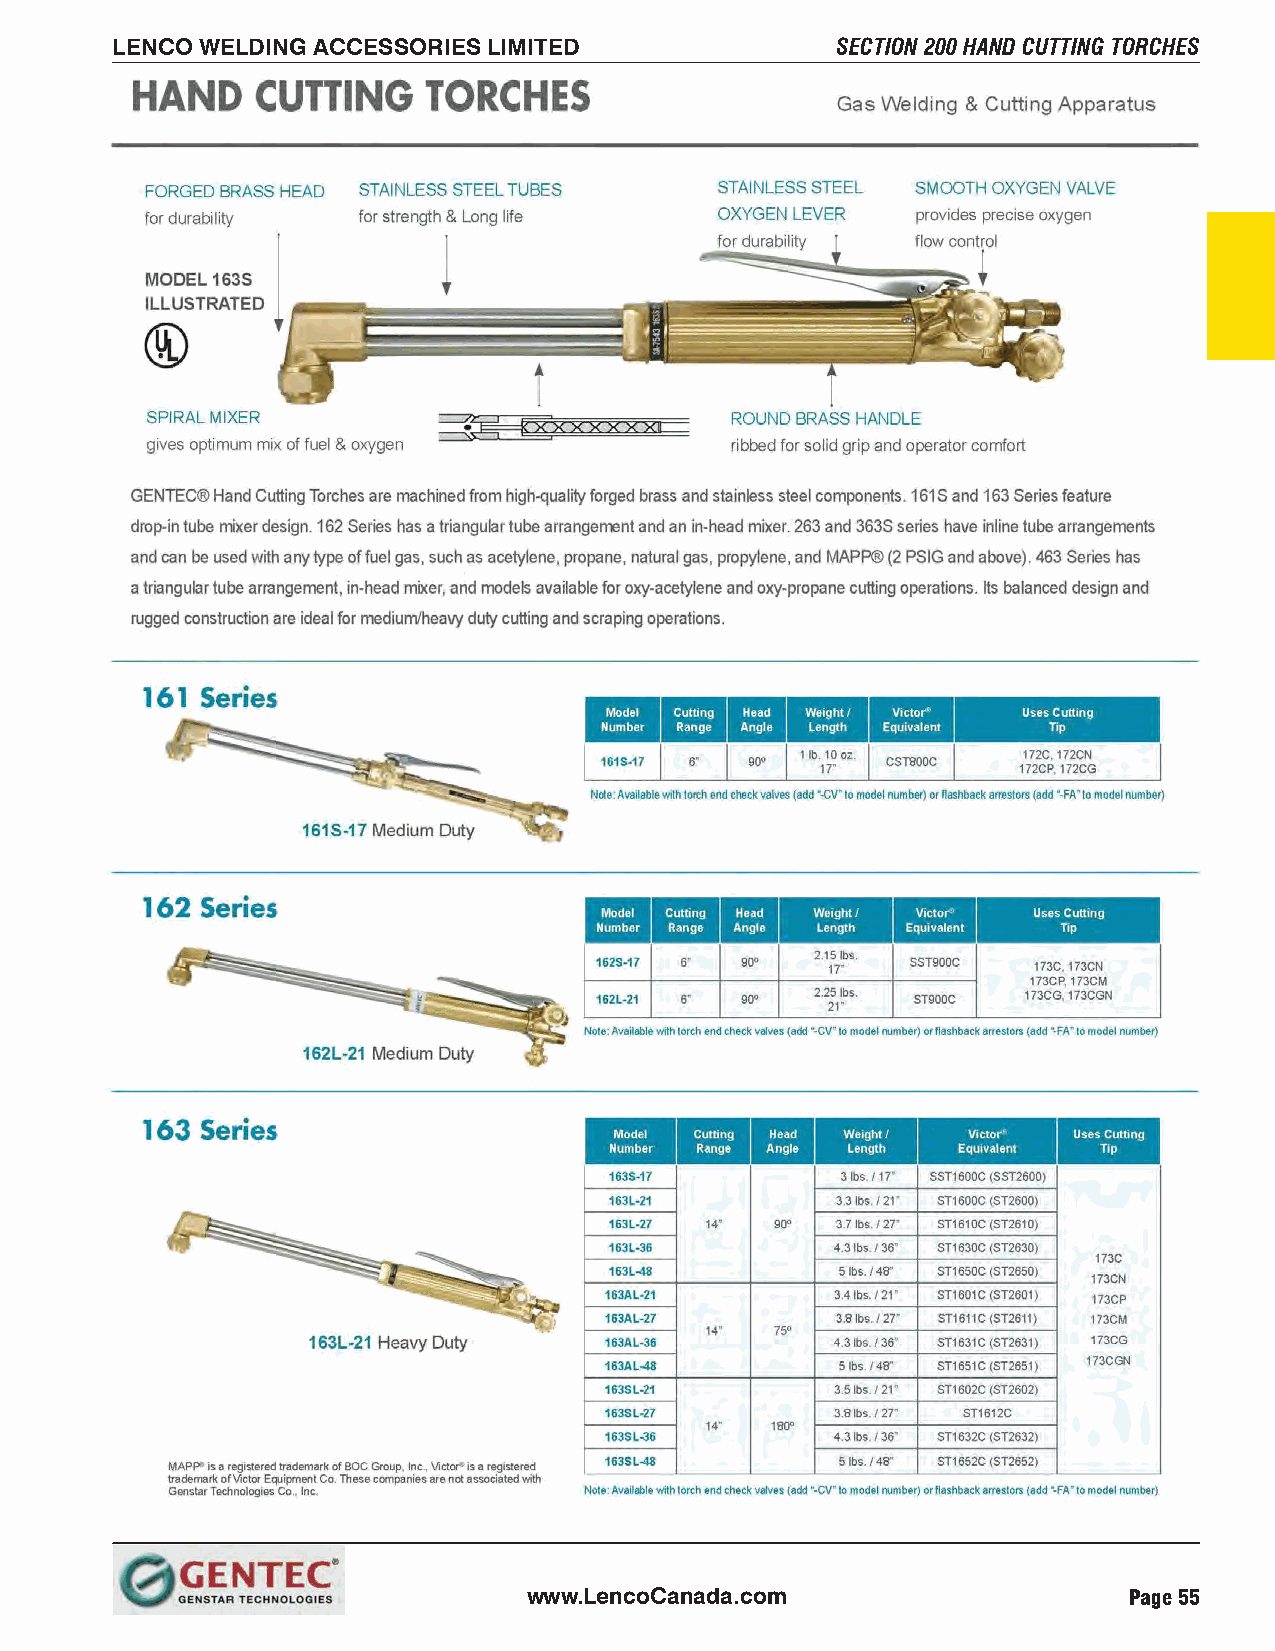
LENCO WELDING ACCESSORIES LIMITED               SECTION 200 HAND CUTTING TORCHES
 www.LencoCanada.com                     Page 55